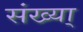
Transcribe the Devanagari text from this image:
संख्या्